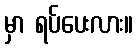
မှာ ရပ်ပေးလား။